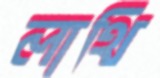
লাথি